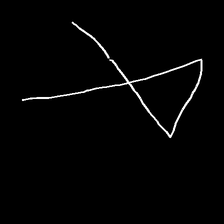
Glyph: collection